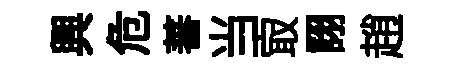
興危蕃当㝡詡趙